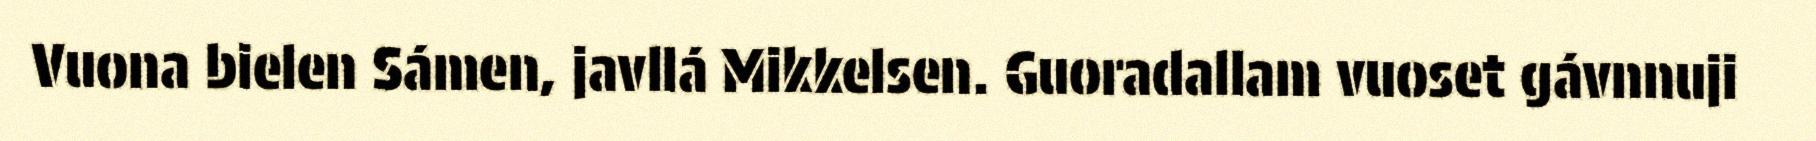
Vuona bielen Sámen, javllá Mikkelsen. Guoradallam vuoset gávnnuji